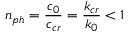
n _ { p h } = \frac { c _ { 0 } } { c _ { c r } } = \frac { k _ { c r } } { k _ { 0 } } < 1